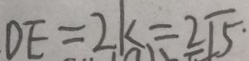
D E = 2 k = 2 \sqrt { 5 } .